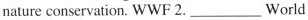
nature conservation. WWF 2.___ World